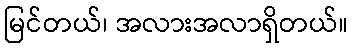
မြင်တယ်၊ အလားအလာရှိတယ်။